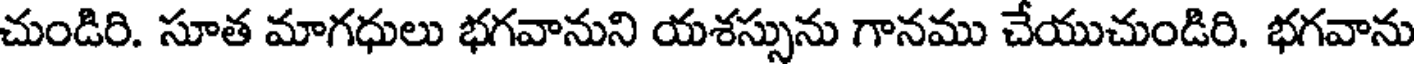
చుండిరి. సూత మాగధులు భగవానుని యశస్సును గానము చేయుచుండిరి. భగవాను